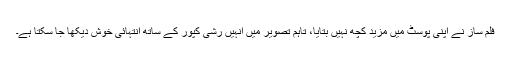
فلم ساز نے اپنی پوسٹ میں مزید کچھ نہیں بتایا، تاہم تصویر میں انہیں رشی کپور کے ساتھ انتہائی خوش دیکھا جا سکتا ہے۔